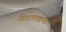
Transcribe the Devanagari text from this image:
विशालखण्ड